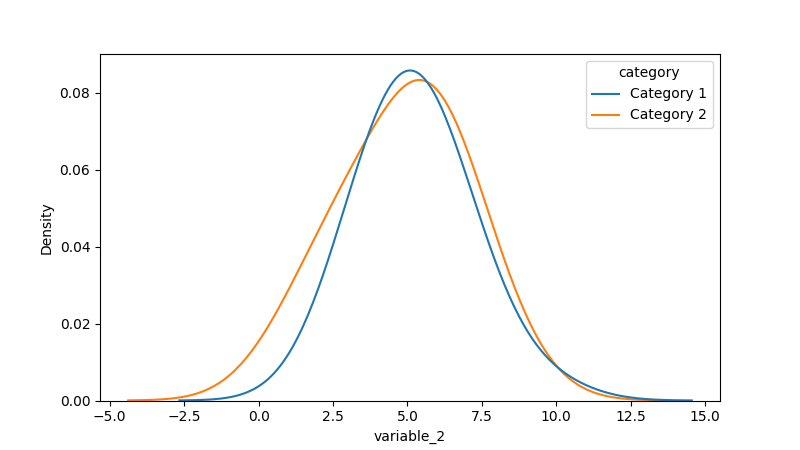
python, seaborn, kdeplot, hue='category', fill=False, bw_adjust=2.0